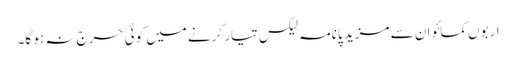
اربوں کمائو ان سے مزید پانامہ لیکس تیار کرنے میں کوئی حرج نہ ہو گا۔